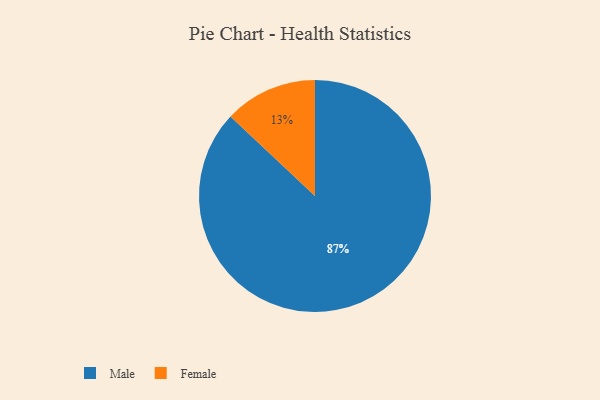
{"axis": {"x": "Category", "y": "Percentage"}, "legend": ["Female", "Male"], "data": [{"x": "Female", "y": 13, "type": "Female"}, {"x": "Male", "y": 87, "type": "Male"}]}